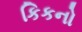
કિકનો